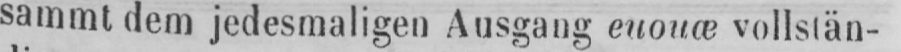
sammt dem jedesmaligen Ausgang euouœ vollstän-